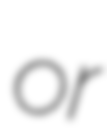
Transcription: or